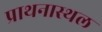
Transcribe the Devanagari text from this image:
प्राथनास्थल